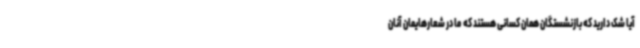
آیا شک دارید که بازنشستگان همان کسانی هستند که ما در شعارهایمان آنان